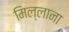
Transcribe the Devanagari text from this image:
मिल्लाना